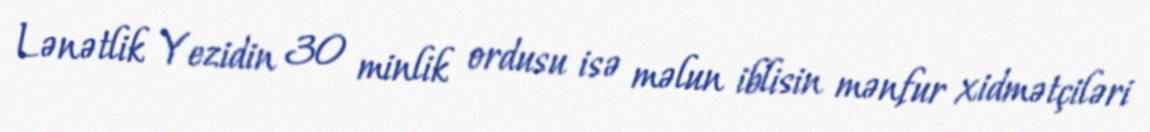
Lənətlik Yezidin 30 minlik ordusu isə məlun iblisin mənfur xidmətçiləri